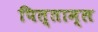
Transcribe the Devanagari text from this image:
पित्ताम्ल